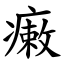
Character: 瘷